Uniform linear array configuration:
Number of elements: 32
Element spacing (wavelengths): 0.25
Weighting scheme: cosine
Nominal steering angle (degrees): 30
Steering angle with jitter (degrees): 30.751
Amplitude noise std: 0.05
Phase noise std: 0.05

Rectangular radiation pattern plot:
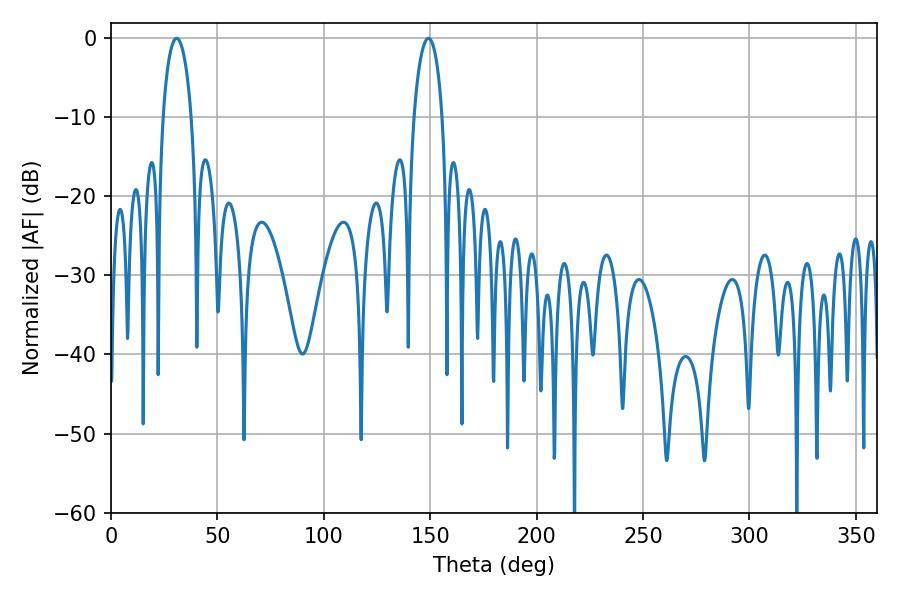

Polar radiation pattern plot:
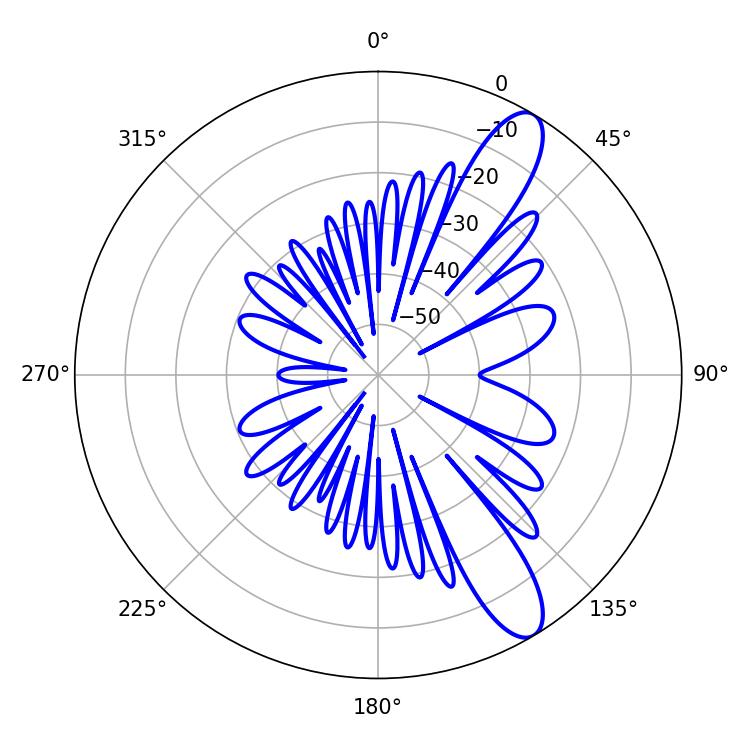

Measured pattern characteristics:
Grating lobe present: FALSE
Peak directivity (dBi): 11.244
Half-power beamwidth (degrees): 7.56
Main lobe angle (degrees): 30.78